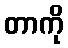
တာကို